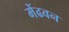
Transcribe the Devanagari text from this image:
मेंढवन